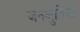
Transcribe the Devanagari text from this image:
जनश्रुतियो